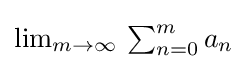
{\textstyle \lim _{m\rightarrow \infty }\,\sum _{n=0}^{m}a_{n}}